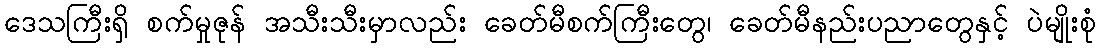
ဒေသကြီးရှိ စက်မှုဇုန် အသီးသီးမှာလည်း ခေတ်မီစက်ကြီးတွေ၊ ခေတ်မီနည်းပညာတွေနှင့် ပဲမျိုးစုံ